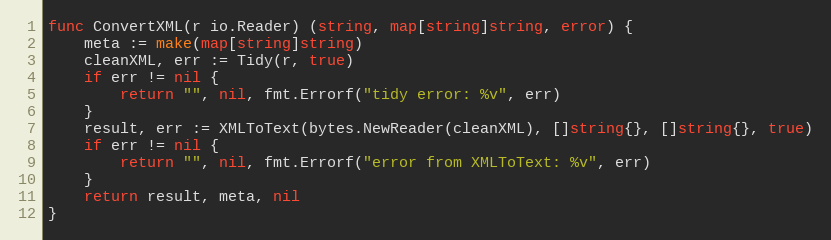
Language: Go
func ConvertXML(r io.Reader) (string, map[string]string, error) {
	meta := make(map[string]string)
	cleanXML, err := Tidy(r, true)
	if err != nil {
		return "", nil, fmt.Errorf("tidy error: %v", err)
	}
	result, err := XMLToText(bytes.NewReader(cleanXML), []string{}, []string{}, true)
	if err != nil {
		return "", nil, fmt.Errorf("error from XMLToText: %v", err)
	}
	return result, meta, nil
}